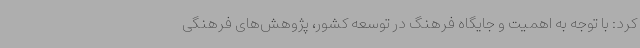
کرد: با توجه به اهمیت و جایگاه فرهنگ در توسعه کشور، پژوهش‌های فرهنگی